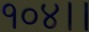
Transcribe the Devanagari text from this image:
१०४।।